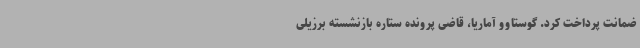
ضمانت پرداخت کرد. گوستاوو آماریا، قاضی پرونده ستاره بازنشسته برزیلی